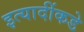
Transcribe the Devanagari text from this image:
इत्यादींकडे